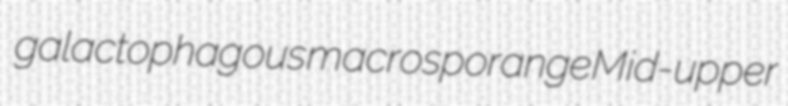
galactophagous macrosporange Mid-upper